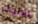
ناظريك